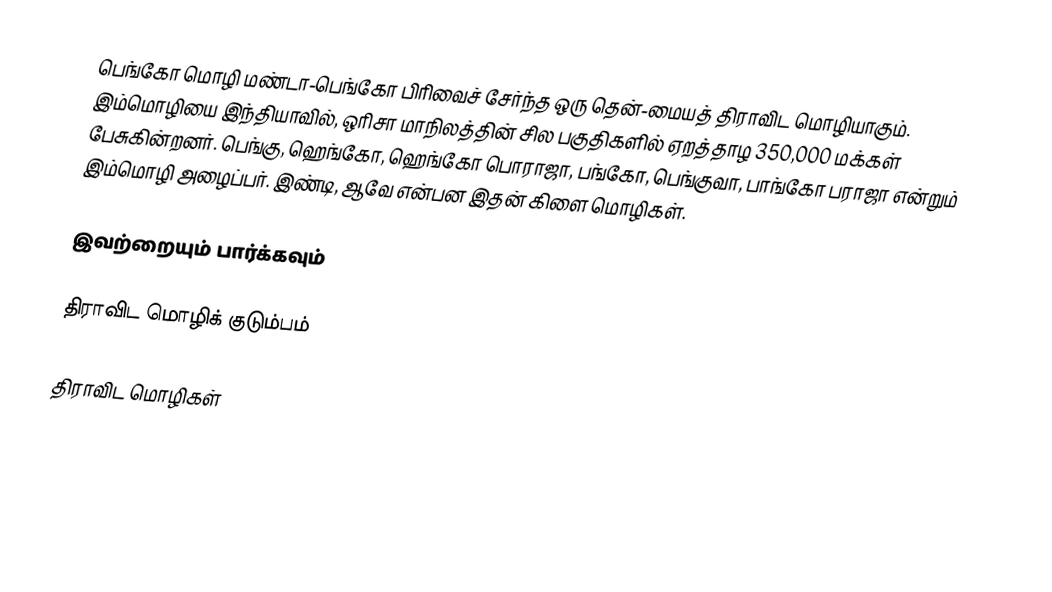
பெங்கோ மொழி மண்டா-பெங்கோ பிரிவைச் சேர்ந்த ஒரு தென்-மையத் திராவிட மொழியாகும். இம்மொழியை இந்தியாவில், ஒரிசா மாநிலத்தின் சில பகுதிகளில் ஏறத்தாழ 350,000 மக்கள் பேசுகின்றனர். பெங்கு, ஹெங்கோ, ஹெங்கோ பொராஜா, பங்கோ, பெங்குவா, பாங்கோ பராஜா என்றும் இம்மொழி அழைப்பர். இண்டி, ஆவே என்பன இதன் கிளை மொழிகள்.

இவற்றையும் பார்க்கவும்

 திராவிட மொழிக் குடும்பம்

திராவிட மொழிகள்